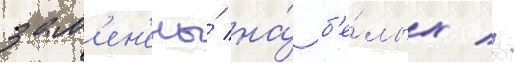
зам'ен'ены́ на́ б'е́лых //